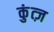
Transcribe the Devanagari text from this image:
कुंत्ज़